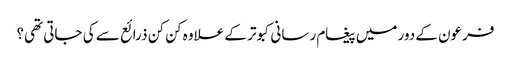
فرعون کے دور میں پیغام رسانی کبوتر کے علاوہ کن کن ذرائع سے کی جاتی تھی؟